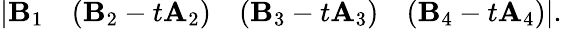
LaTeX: \vert{\mathbf B}_{1}\quad({\mathbf B}_{2}-t{\mathbf A}_{2})\quad({\mathbf B}_{3}-t{\mathbf A}_{3})\quad({\mathbf B}_{4}-t{\mathbf A}_{4})\vert.